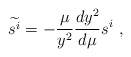
\begin{align*}\widetilde{s^i}=-{\mu\over y^2}{dy^2\over d\mu}s^i \ ,\end{align*}